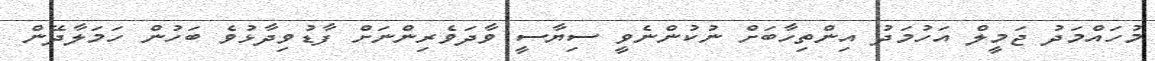
މުހައްމަދު ޖަމީލް އަހުމަދު އިންތިހާބަށް ނުކުންނެވީ ސިޔާސީ ވާދަވެރިންނަށް ފާޑުވިދާޅުވެ ބަހުން ހަމަލާދޭން